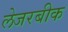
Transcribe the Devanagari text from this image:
लेजरबीक